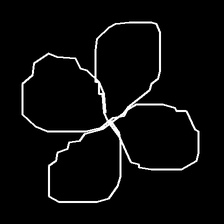
Glyph: billowing